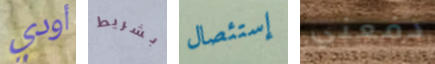
أودي بشريط إستئصال دفعني